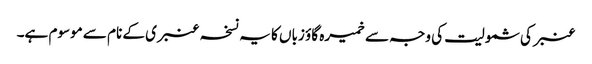
عنبر کی شمولیت کی وجہ سے خمیرہ گاؤ زباں کا یہ نسخہ عنبری کے نام سے موسوم ہے۔